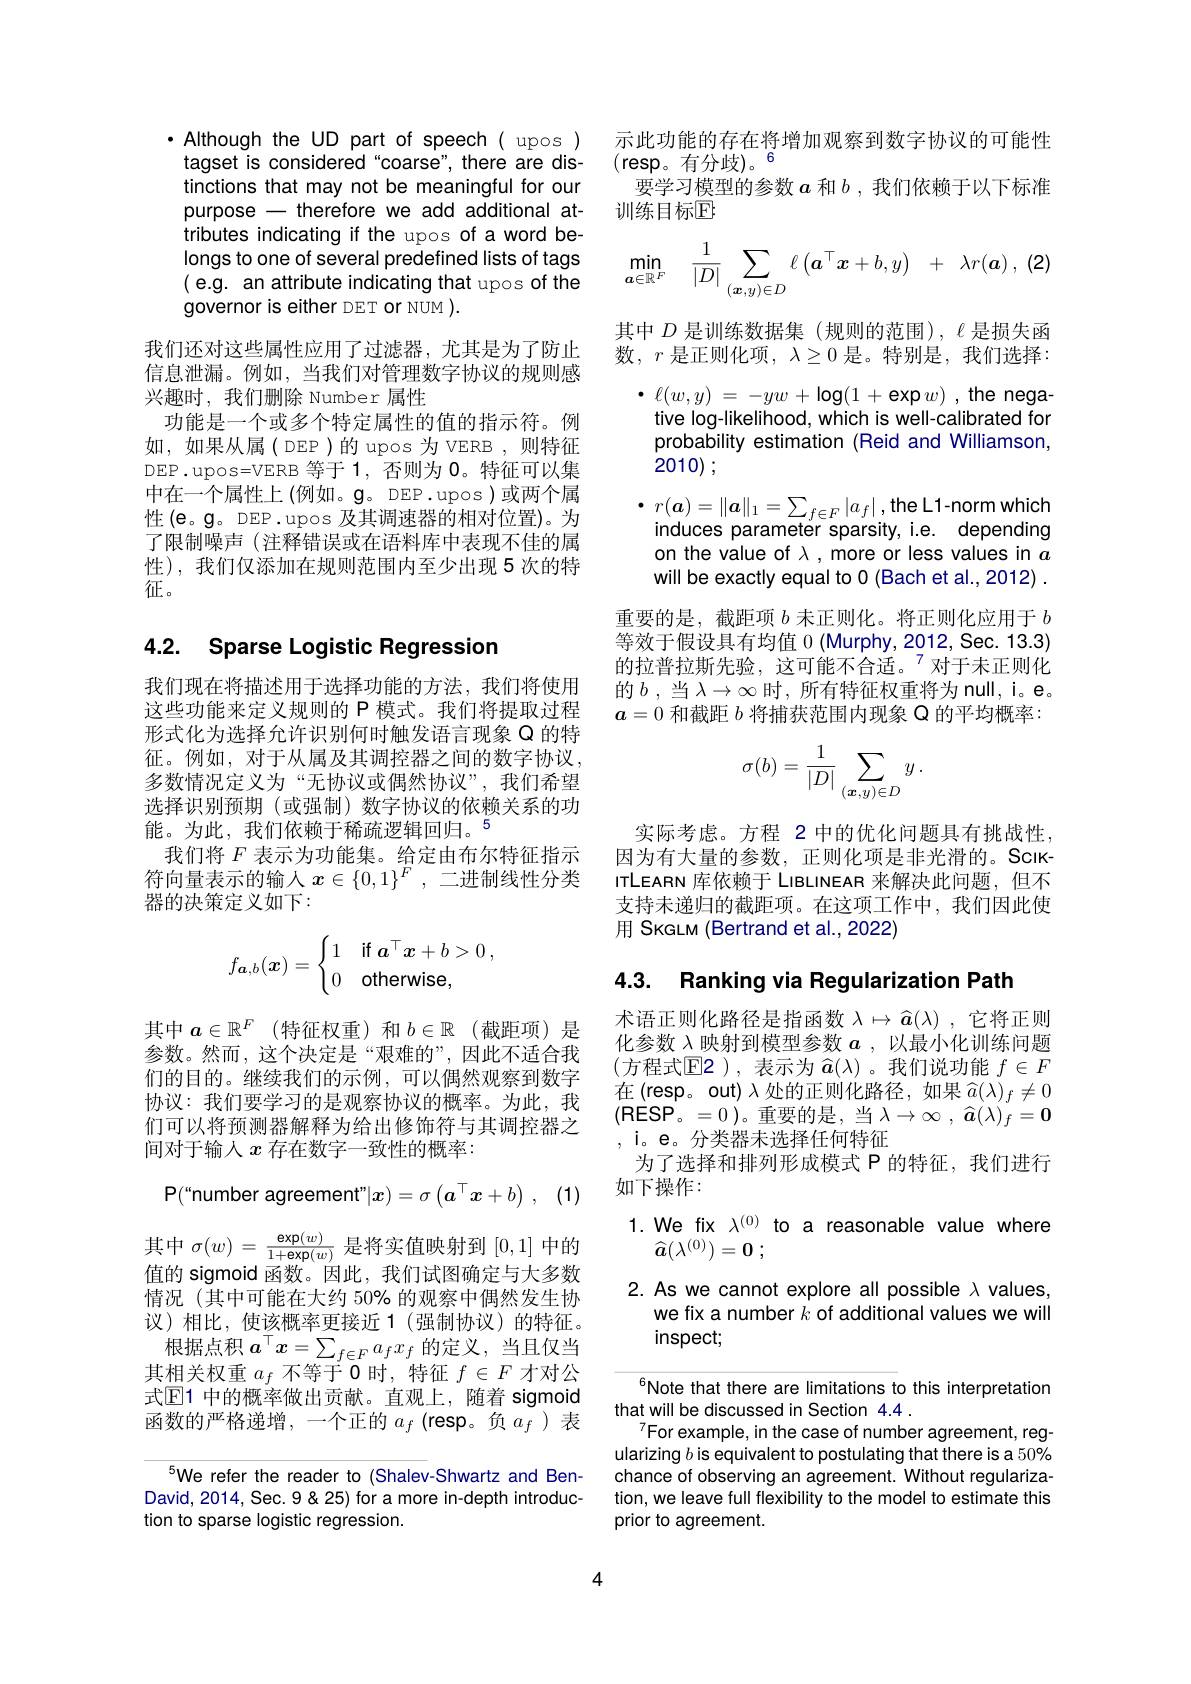
· Although the UD part of speech( upos ) tagset is considered"coarse", there are distinctions that may not be meaningful for our purpose - therefore we add additional attributes indicating if the upos of a word belongs to one of several predefined lists of tags ( e.g. an attribute indicating that upos of the governor is either DET or NUM ).
我们还对这些属性应用了过滤器，尤其是为了防止信息泄漏。例如，当我们对管理数字协议的规则感兴趣时，我们删除 Number 属性
功能是一个或多个特定属性的值的指示符。例如，如果从属( DEP)的 upos 为 VERB ,则特征DEP.upos=VERB 等于 1, 否则为0。特征可以集中在一个属性上 (例如。$\mathbf{g}$。DEP.upos )或两个属性(e。g。DEP.upos 及其调速器的相对位置)。为了限制噪声 (注释错误或在语料库中表现不佳的属性),我们仅添加在规则范围内至少出现 5 次的特征。

## 4.2. Sparse Logistic Regression

我们现在将描述用于选择功能的方法，我们将使用这些功能来定义规则的 P 模式。我们将提取过程形式化为选择允许识别何时触发语言现象 Q 的特征。例如，对于从属及其调控器之间的数字协议。多数情况定义为“无协议或偶然协议”,我们希望选择识别预期 (或强制)数字协议的依赖关系的功能。为此，我们依赖于稀疏逻辑回归。$^{5}$
我们将$F$表示为功能集。给定由布尔特征指示符向量表示的输入$x\in\{0,1\}^F$,二进制线性分类器的决策定义如下：
$$f_{\boldsymbol a,b}(\boldsymbol x)=\begin{cases}1&\text{if}\boldsymbol a^\top\boldsymbol x+b>0\:,\\0&\text{otherwise},\end{cases}$$
其中$a\in\mathbb{R}^F$ (特征权重)和$b\in\mathbb{R}$ (截距项)是参数。然而，这个决定是“艰难的”,因此不适合我们的目的。继续我们的示例，可以偶然观察到数字协议：我们要学习的是观察协议的概率。为此，我们可以将预测器解释为给出修饰符与其调控器之间对于输入$x$存在数字一致性的概率：

$\mathsf{P}($“number agreement"$| x) = \sigma \left ( \boldsymbol{a}^\top x+ b\right ) $, (1)

其中$\sigma(w)=\frac{\exp(w)}{1+\exp(w)}$是将实值映射到[0,1]中的估的 ciamoid $\overline\text{画数}$田此 我们过图确字与十多粉值的 sigmoid 函数。因此，我们试图确定与大多数情况 (其中可能在大约 50% 的观察中偶然发生协议)相比，使该概率更接近1(强制协议)的特征。根据点积$a^\top x=\sum_{f\in F}a_fx_f$的定义，当且仅当其相关权重$a_f$不等于 0 时，特征$f\in F$才对公式$\underline{\mathrm{E}}$1 中的概率做出贡献。直观上，随着 sigmoid 函数的严格递增，一个正的$a_f$ (resp。负$a_f$ )表

We refer the reader to (Shalev-Shwartz and BenDavid, 2014, Sec. 9 &25) for a more in-depth introduction to sparse logistic regression.

示此功能的存在将增加观察到数字协议的可能性
(resp。有分歧)。6
要学习模型的参数$a$和$b$ , 我们依赖于以下标准
训练目标E
$$\frac{1}{|D|}\sum_{(\boldsymbol{x},y)\in D}\ell\begin{pmatrix}\boldsymbol{a}^\top\boldsymbol{x}+b,y\end{pmatrix}\:+\:\lambda r(\boldsymbol{a})\:,\:(2)$$
$\operatorname*{min}_{n\in F}$ $a\in\mathbb{R}^F$

其中$D$ 是训练数据集(规则的范围),$\ell$是损失函数，$r$是正则化项，$\lambda\geq0$是。特别是，我们选择：
$\bullet$ $\ell ( w, y)$ = $- yw$ + $\log ( 1$ + $\exp w)$ , the negative log-likelihood, which is well-calibrated for probability estimation (Reid and Williamson, 2010);
$\bullet$ $r( \boldsymbol{a}) = \| \boldsymbol{a}\| _{1}= \sum _{f\in F}| a_{f}| $,the L1-norm which induces parameter sparsity, i.e. depending on the value of $\lambda$ ,more or less values in $a$ will be exactly equal to 0 (Bach et al.,2012) .
重要的是，截距项$b$未正则化。将正则化应用于$b$ 等效于假设具有均值 0 (Murphy, 2012, Sec. 13.3) 的拉普拉斯先验，这可能不合适。$^{7}$对于未正则化的$b$ ,当$\lambda\to\infty$时 , 所有特征权重将为 null, i。e。$a=0$和截距$b$将捕获范围内现象 Q 的平均概率：
$$\sigma(b)=\frac{1}{|D|}\sum_{(\boldsymbol{x},y)\in D}y\:.$$
实际考虑。方程 2 中的优化问题具有挑战性， 因为有大量的参数，正则化项是非光滑的。ScikITLEARN 库依赖于 LIBLINEAR 来解决此问题，但不支持未递归的截距项。在这项工作中，我们因此使用 SkGLM (Bertrand et al., 2022)

## 4.3. Ranking via Regularization Path

术语正则化路径是指函数$\lambda\mapsto\widehat{\boldsymbol{a}}(\lambda)$ ,它将正则化参数$\lambda$映射到模型参数$a$ ,以最小化训练问题(方程式$\mathbb{E}$2),表示为$\hat{\boldsymbol a}(\lambda)$。我们说功能 $f\in F$ 在$\left(\mathrm{resp。out}\right)\lambda$处的正则化路径，如果$\widehat a(\lambda)_f\neq0$ (RESP。=0)。重要的是，当$\lambda\to\infty,\hat{\boldsymbol{a}}(\lambda)_f=\mathbf{0}$ ,i。e。分类器未选择任何特征
为了选择和排列形成模式 P 的特征，我们进行
如下操作：

1. We fix $\lambda^{(0)}$ to a reasonable value where
$\widehat{\boldsymbol{a}} ( \lambda ^{( 0) }) = \mathbf{0}$ ;

2. As we cannot explore all possible $\lambda$ values,
we fix a number $k$ of additional values we will
inspect;

Note that there are limitations to this interpretation
that will be discussed in Section 4.4 .
$^{7}$For example, in the case of number agreement, regularizing $b$ is equivalent to postulating that there is a 50% chance of observing an agreement. Without regularization, we leave full flexibility to the model to estimate this prior to agreement.

4